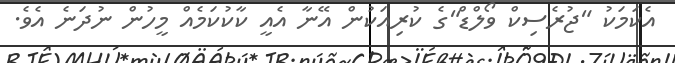
އެކަމަކު "ޖުރެސިކް ވޯލްޑް"ގެ ކުރިއަކުން އޭނާ އެއީ ކާކުކަމެއް މީހުން ނުދަނެ އެވެ.